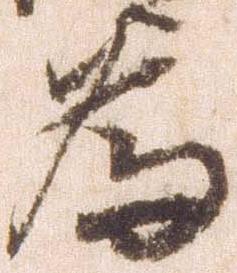
為